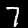
Digit: 7